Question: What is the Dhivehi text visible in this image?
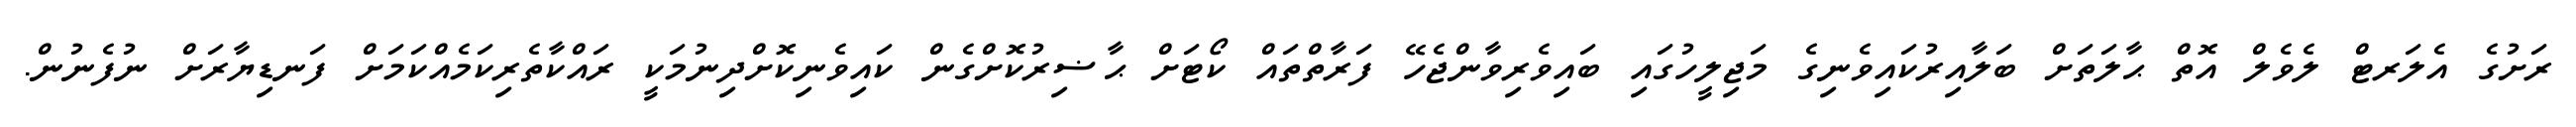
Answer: ރަށުގެ އެލަރޓް ލެވެލް އޮތް ޙާލަތަށް ބަލާއިރުކައިވެނިގެ މަޖިލީހުގައި ބައިވެރިވާންޖެހޭ ފަރާތްތައް ކޯޓަށް ޙާޟިރުކޮށްގެން ކައިވެނިކޮށްދިނުމަކީ ރައްކާތެރިކަމެއްކަމަށް ފަނޑިޔާރަށް ނުފެނުން.